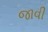
જાવી